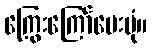
ကြွေးကြော်ပေးပုံ။